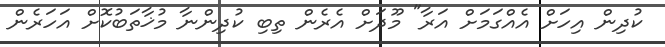
ކުދިން އިހަށް އެއްގަމަށް އަރާ" މޫދަށް އެރެން ތިބި ކުދިންނާ މުޚާތަބުކޮށް އަހަރެން